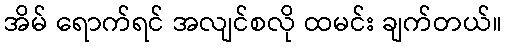
အိမ် ရောက်ရင် အလျင်စလို ထမင်း ချက်တယ်။